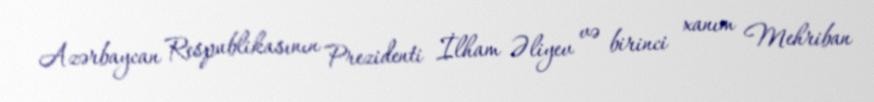
Azərbaycan Respublikasının Prezidenti İlham Əliyev və birinci xanım Mehriban